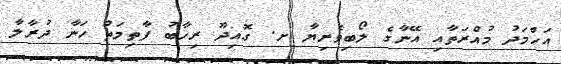
އަހްމަދު މުއްރަތާއި އޭނާގެ ލޯބިވެރިޔާ ށ. ގޮއިދޫ ރިހާބު ފާތިމަތު ހަނާ ދުރާލާ